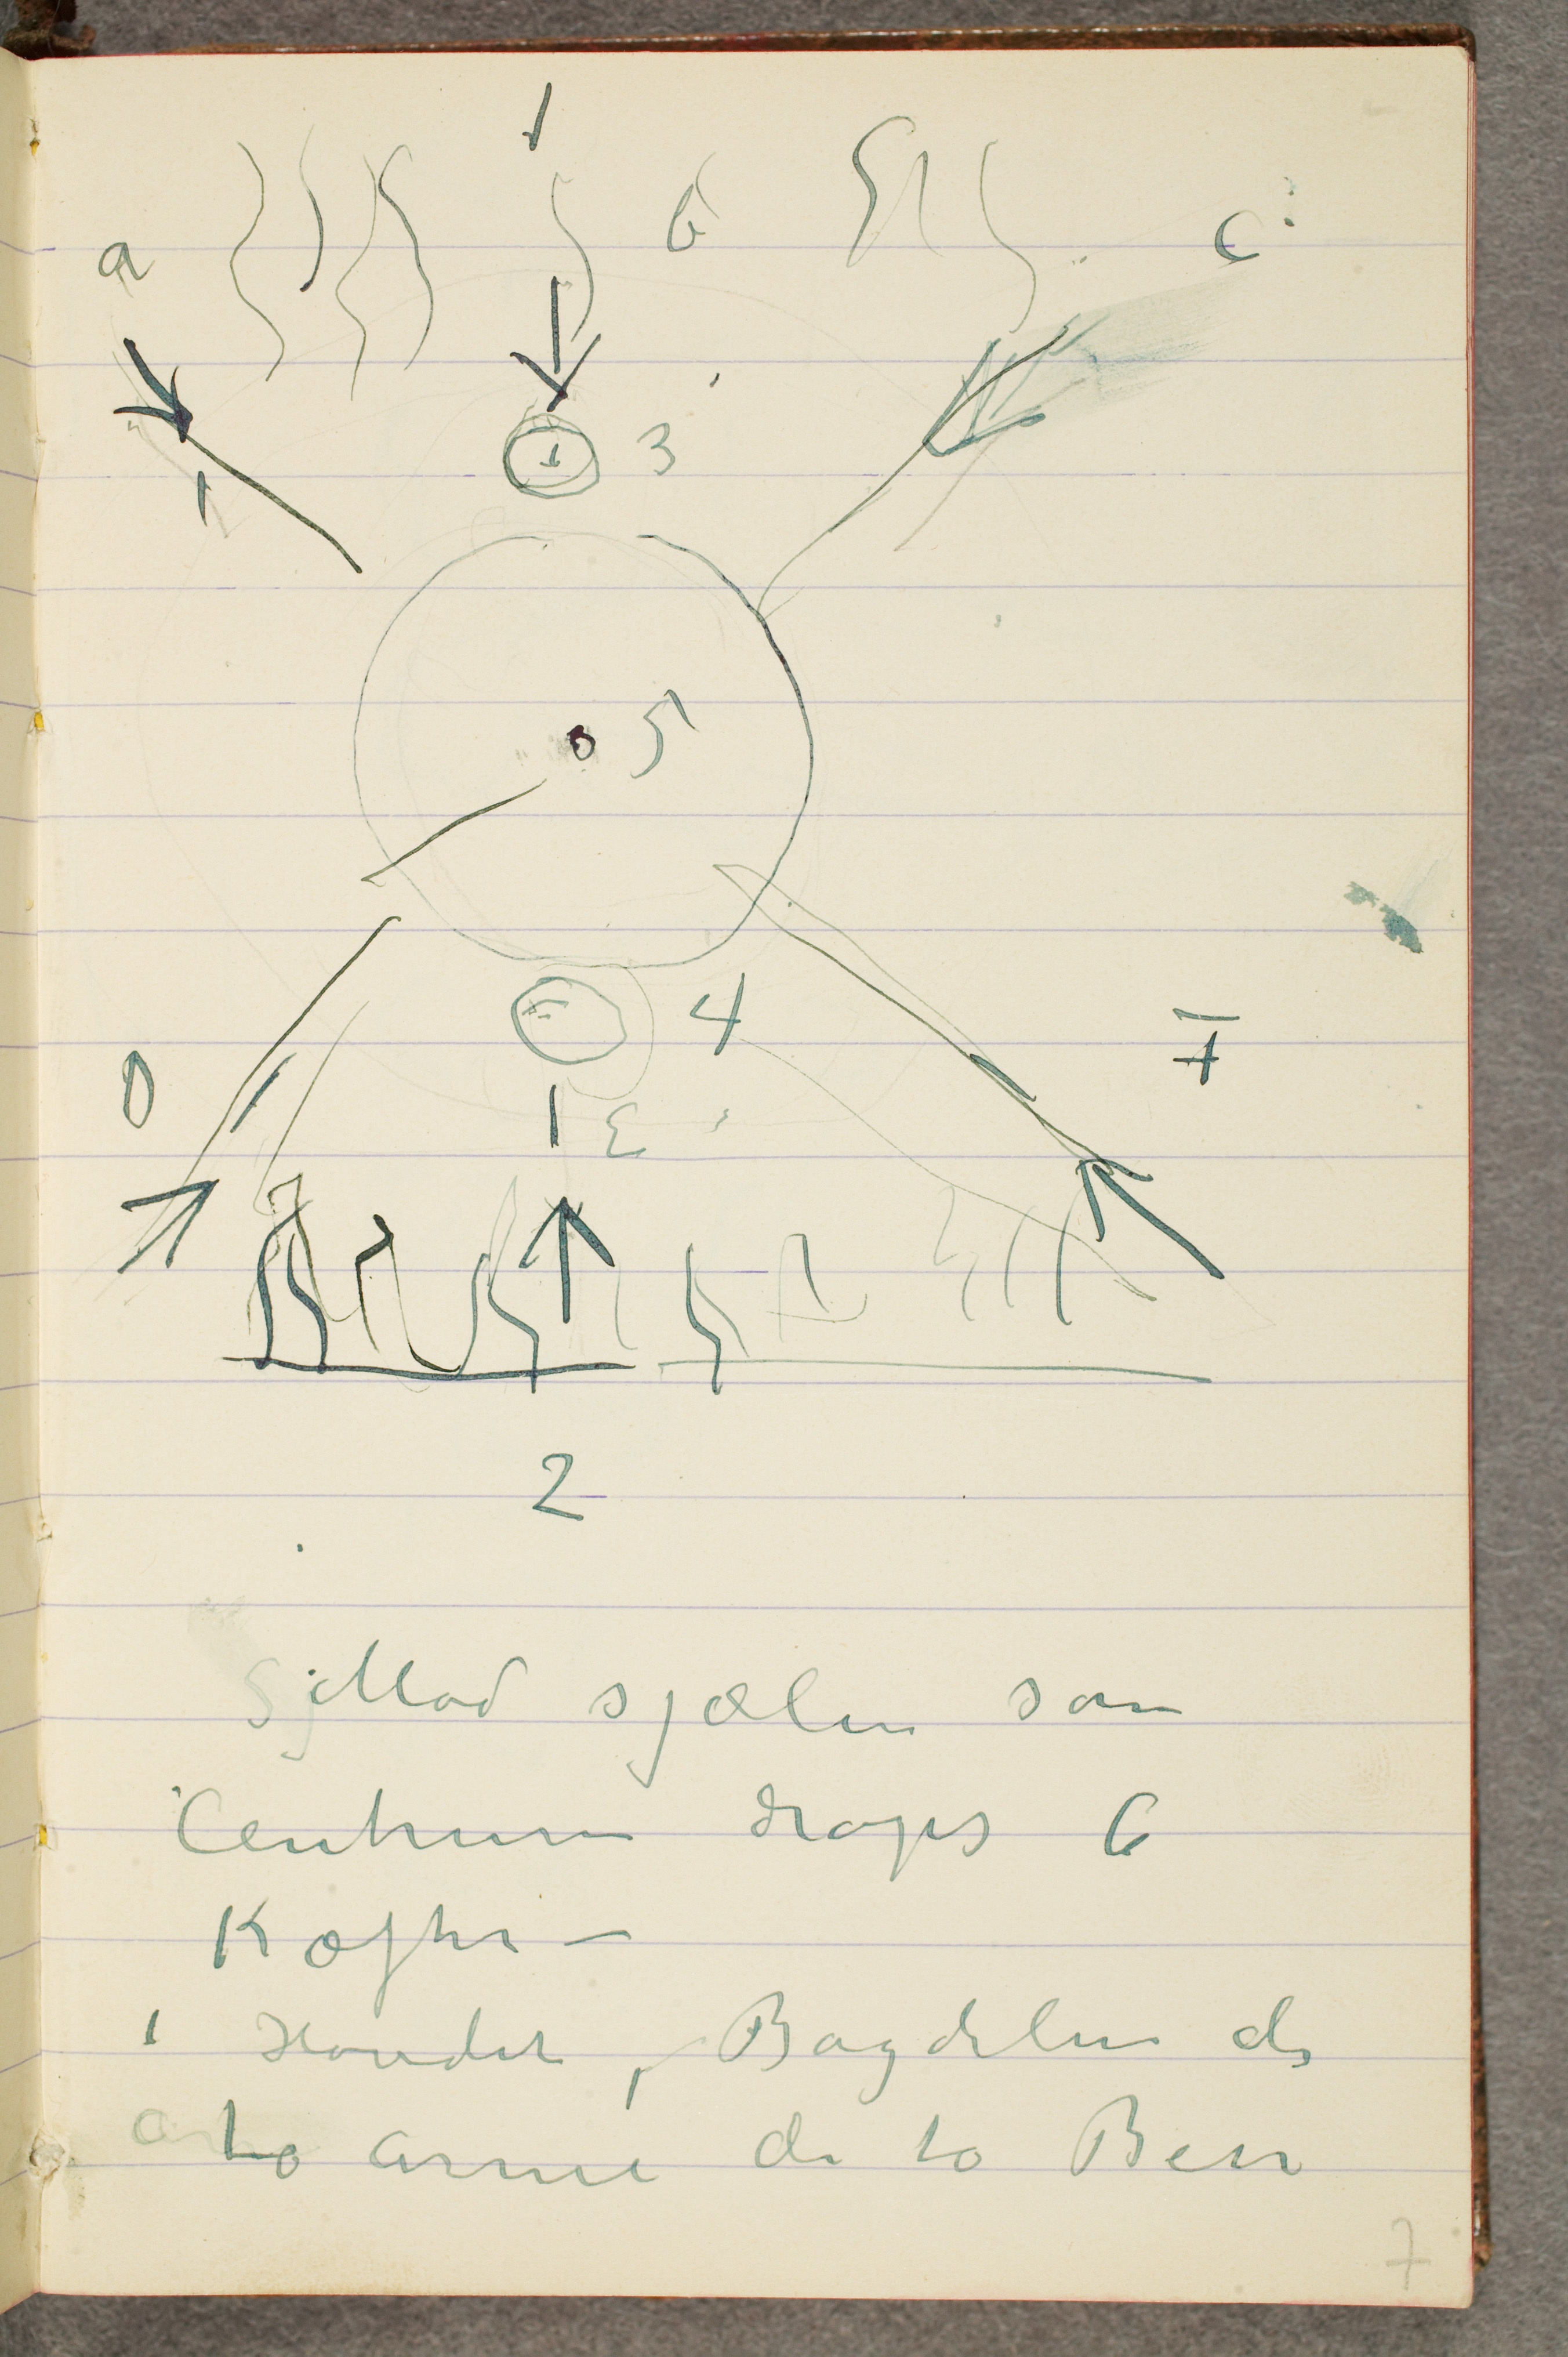
SjMod sjælen som
Centrum drages 6
Kæfter –
i Hovedet, Bagdelen de
to arme de to Ben